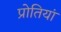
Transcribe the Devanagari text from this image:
प्रोतियां